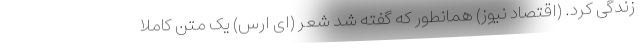
زندگی کرد. (اقتصاد نیوز) همانطور که گفته شد شعر (ای ارس) یک متن کاملا